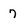
Character: 7